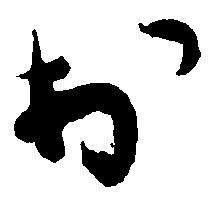
於